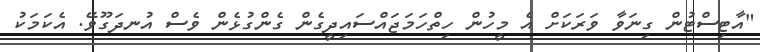
"އާޓިސްޓުން ގިނަވާ ވަރަކަށް އެ މީހުން ހިތްހަމަޖައްސައިދީގެން ގެންގުޅެން ވެސް އުނދަގޫވޭ. އެކަމަކު